Civil Veterinary Dept. Bombay admin report 1900-1906 - 1900-1906
Year: 1900
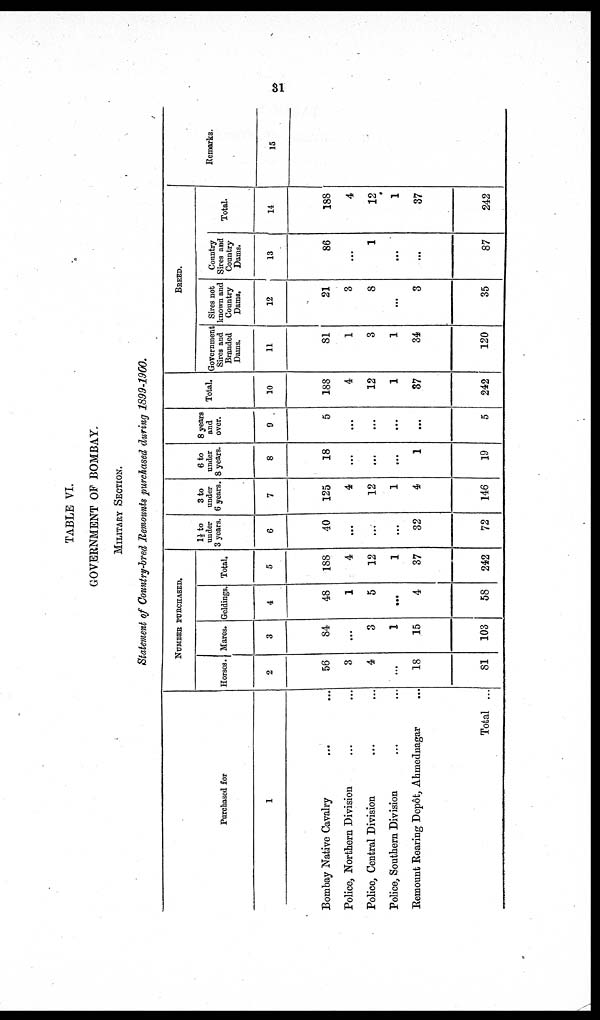
31
TABLE VI.
GOVERNMENT OF BOMBAY.
MILITARY SECTION.
Statement of Country-bred Remounts purchased during 1899-1900.
Purchased for
1
Bombay Native Cavalry ... ...
Police, Northern Division ... ...
Police, Central Division ... ...
Police, Southern Division ... ...
Remount Rearing Depôt, Ahmednagar ...
Total ...
NUMBER PURCHASED.
Horses.
2
56
3
4
...
18
81
Mares.
3
84
...
3
1
15
103
Geldings.
4
48
1
5
...
4
58
Total.
5
188
4
12
1
37
242
1½ to
under
3 years.
6
40
...
...
...
32
72
3 to
under
6 years.
7
125
4
12
1
4
146
6 to
under
8 years.
8
18
...
...
...
1
19
8 years
and
over.
9
5
...
...
...
...
5
Total.
10
188
4
12
1
37
242
BREED.
Government
Sires and
Branded
Dams.
11
81
1
3
1
34
120
Sires not
known and
Country
Dams.
12
21
3
8
...
3
35
Country
Sires and
Country
Dams.
13
86
...
1
...
...
87
Total.
14
188
4
12
1
37
242
Remarks.
15